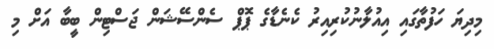
މިދިޔަ ހަފުތާގައި އިއުލާނުކުރިއިރު ކެނެޑާގެ ޕޮޕް ސެންސޭޝަން ޖަސްޓިން ބީބާ އަށް މި